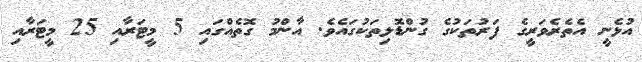
އުޅެނީ އެތެރެވަރީގެ ފަރުތަކުގެ ގުންޑޮޅިތަކުގައެވެ. އާންމު ގޮތެއްގައި 5 މީޓަރާއި 25 މީޓަރާއި